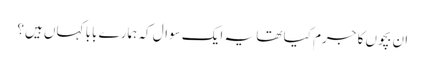
ان بچوں کا جرم کیا تھا یہ ایک سوال کہ ہمارے بابا کہاں ہیں؟